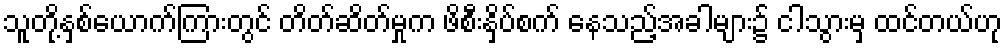
သူတို့နှစ်ယောက်ကြားတွင် တိတ်ဆိတ်မှုက ဖိစီးနှိပ်စက် နေသည့်အခါများ၌ ငါသွားမှ ထင်တယ်ဟု